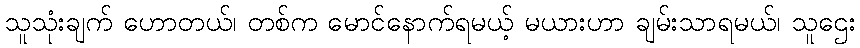
သူသုံးချက် ဟောတယ်၊ တစ်က မောင်နောက်ရမယ့် မယားဟာ ချမ်းသာရမယ်၊ သူဌေး